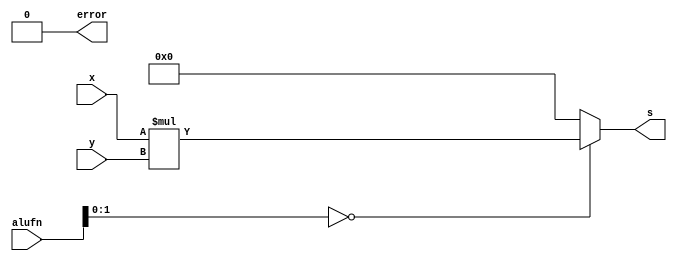
/*
   This file was generated automatically by Alchitry Labs version 1.2.7.
   Do not edit this file directly. Instead edit the original Lucid source.
   This is a temporary file and any changes made to it will be destroyed.
*/

module multiplier16_34 (
    input [15:0] x,
    input [15:0] y,
    input [5:0] alufn,
    output reg [15:0] s,
    output reg error
  );
  
  
  
  reg [15:0] result;
  
  always @* begin
    error = 1'h0;
    
    case (alufn[0+1-:2])
      2'h0: begin
        result = x * y;
        s = result;
      end
      default: begin
        s = 16'h0000;
      end
    endcase
  end
endmodule